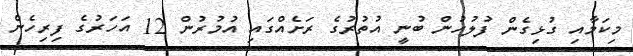
މިކަމާއި ގުޅިގެން ފުލުހުން ބުނީ އުތުރުގެ ރަށެއްގައި އުމުރުން 12 އަހަރުގެ ފިރިހެން